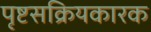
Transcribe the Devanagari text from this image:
पृष्टसक्रियकारक